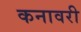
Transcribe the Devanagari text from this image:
कनावरी